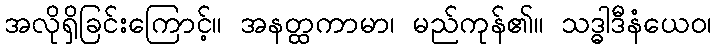
အလိုရှိခြင်းကြောင့်။ အနတ္ထကာမာ၊ မည်ကုန်၏။ သဒ္ဓါဒီနံယေဝ၊